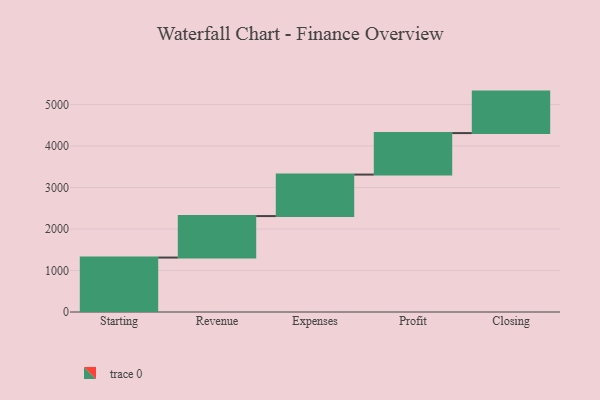
{"axis": {"x": "Step", "y": "Value"}, "legend": [""], "data": [{"x": "Starting", "y": 1312.0, "type": ""}, {"x": "Revenue", "y": 1000, "type": ""}, {"x": "Expenses", "y": 1000, "type": ""}, {"x": "Profit", "y": 1000, "type": ""}, {"x": "Closing", "y": 1000, "type": ""}]}